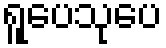
ရူပေသုပေ